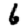
Digit: 6